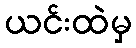
ယင်းထဲမှ